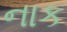
નાક